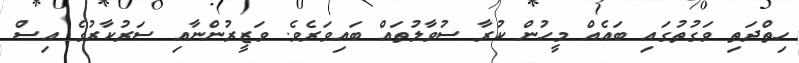
ހިތްދަތި ވަގުތުގައި ބައެއް މީހުން ކުރާ ސުވާލުތައް ބައިވަރެވެ. ވަޒީރުންނާއި ސަރުކާރުގެ އިސް